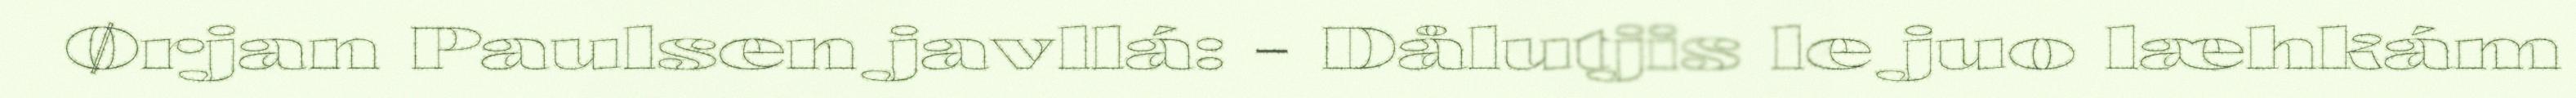
Ørjan Paulsen javllá: - Dålutjis le juo læhkám